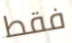
فقط